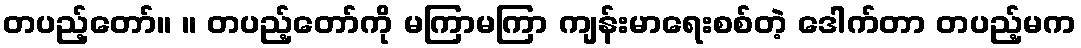
တပည့်တော်။ ။ တပည့်တော်ကို မကြာမကြာ ကျန်းမာရေးစစ်တဲ့ ဒေါက်တာ တပည့်မက